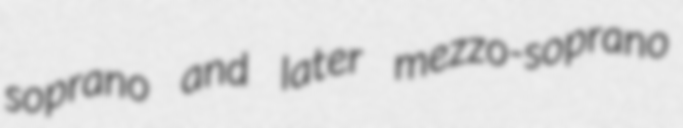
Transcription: soprano and later mezzo-soprano